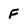
Character: F